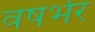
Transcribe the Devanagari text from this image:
वषर्भर